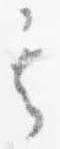
其